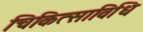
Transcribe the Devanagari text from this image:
चिकित्साविधि